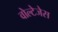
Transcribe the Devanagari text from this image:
वोल्टेजेस